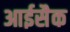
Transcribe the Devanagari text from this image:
आईसैक